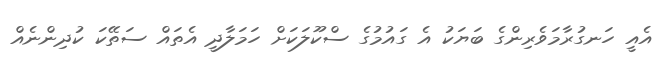
އެއީ ހަނގުރާމަވެރިންގެ ބަޔަކު އެ ގައުމުގެ ސްކޫލަކަށް ހަމަލާދީ އެތައް ސަތޭކަ ކުދިންނެއް